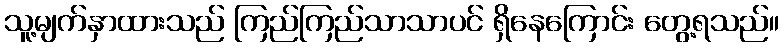
သူ့မျက်နှာထားသည် ကြည်ကြည်သာသာပင် ရှိနေကြောင်း တွေ့ရသည်။